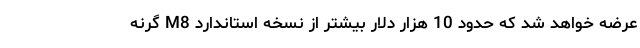
عرضه خواهد شد که حدود 10 هزار دلار بیشتر از نسخه استاندارد M8 گرنه